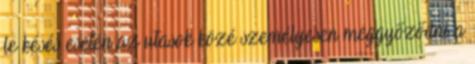
le késés esetén az utasok közé személyesen meggyőződni a